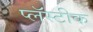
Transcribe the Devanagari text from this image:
प्लॅस्टीक